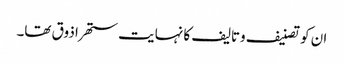
ان کو تصنیف وتالیف کا نہایت ستھرا ذوق تھا۔